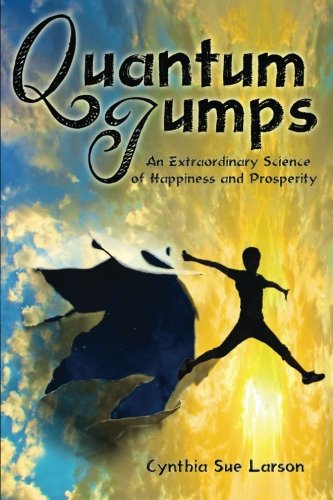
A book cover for Quantum Jumps: An Extraordinary Science of Happiness and Prosperity; Cynthia Sue Larson; Medical Books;